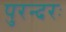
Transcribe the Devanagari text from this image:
पुरन्दरः